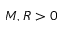
M , R > 0